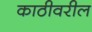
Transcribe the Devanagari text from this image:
काठीवरील